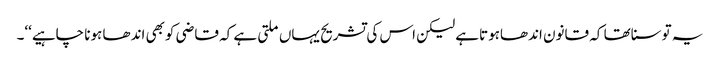
یہ توسناتھا کہ قانون اندھاہوتاہے لیکن اس کی تشریح یہاں ملتی ہے کہ قاضی کوبھی اندھا ہونا چاہیے‘‘۔